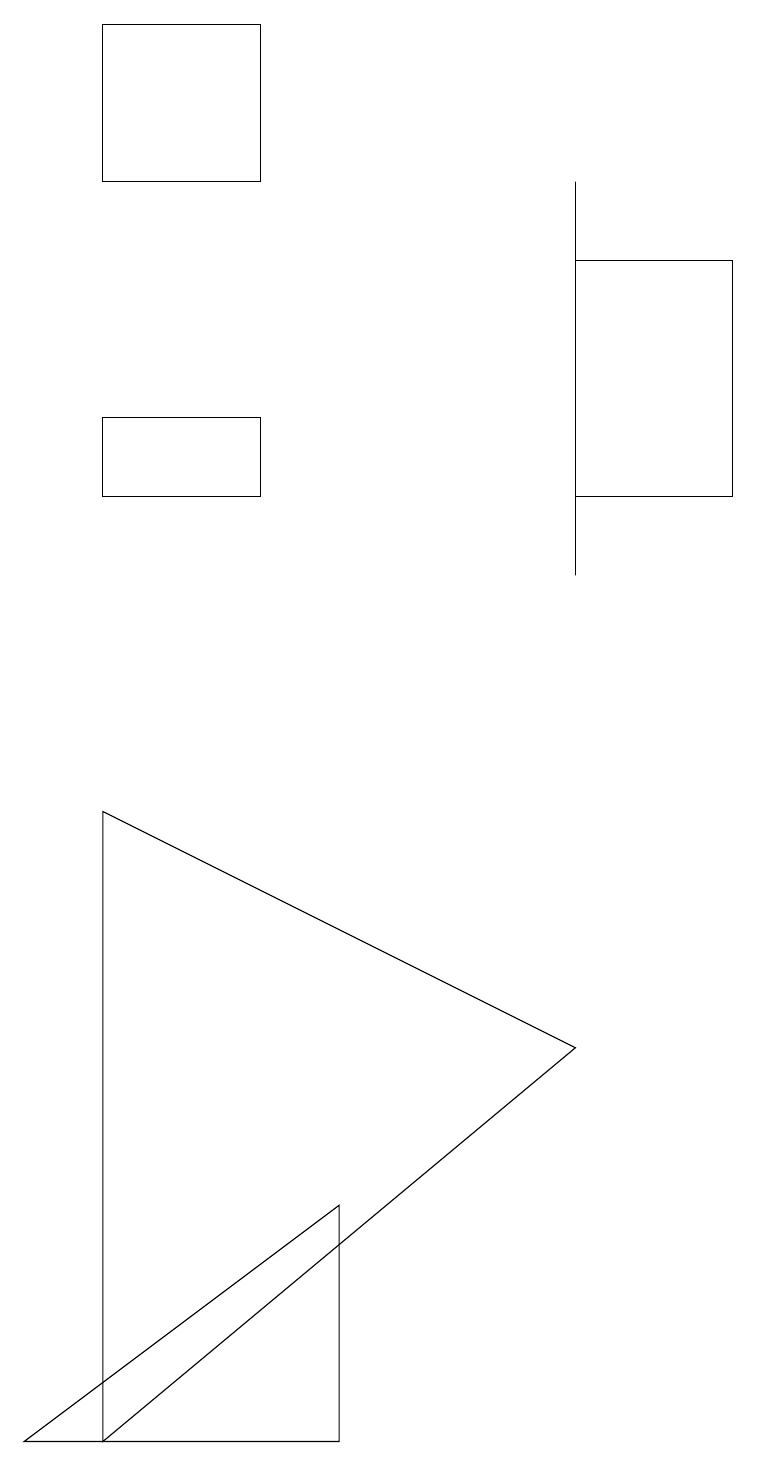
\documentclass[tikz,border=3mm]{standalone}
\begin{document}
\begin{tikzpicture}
\draw (7,5) -- (1,8) -- (1,0) -- cycle;
\draw (7,11) rectangle (7,16);
\draw (7,15) rectangle (9,12);
\draw (1,13) rectangle (3,12);
\draw (3,16) rectangle (1,18);
\draw (4,3) -- (4,0) -- (0,0) -- cycle;
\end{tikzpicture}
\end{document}